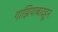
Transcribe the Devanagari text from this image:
गाझियाबादहून